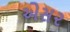
એસ૨